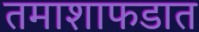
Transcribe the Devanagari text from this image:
तमाशाफडात